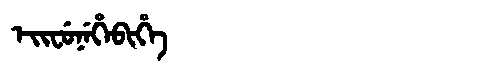
Manchu: ᡝᡳᠸᡠᠨᡝᡥᡝᠪᡳᡥᡝ
Romanization: EIFUNEHEBIHE